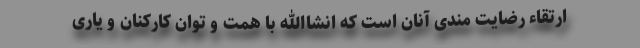
ارتقاء رضایت مندی آنان است که انشاالله با همت و توان کارکنان و یاری